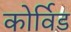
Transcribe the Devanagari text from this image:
कोर्विड